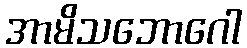
အာမိသဘောဂေါ